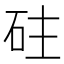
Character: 砫